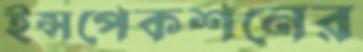
ইন্সপেকশনের